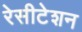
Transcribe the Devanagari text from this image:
रेसीटेशन